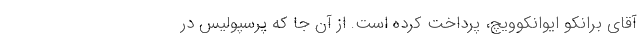
آقای برانکو ایوانکوویچ، پرداخت کرده است. از آن‌ جا که پرسپولیس در